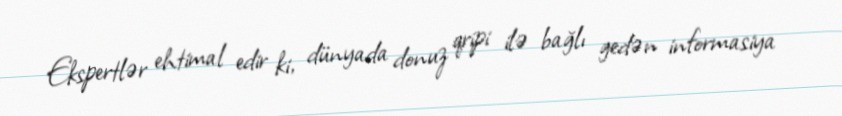
Ekspertlər ehtimal edir ki, dünyada donuz qripi ilə bağlı gedən informasiya